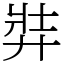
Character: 弉